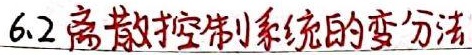
6.2 离散控制系统的变分法